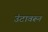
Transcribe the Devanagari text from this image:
उंटावरून